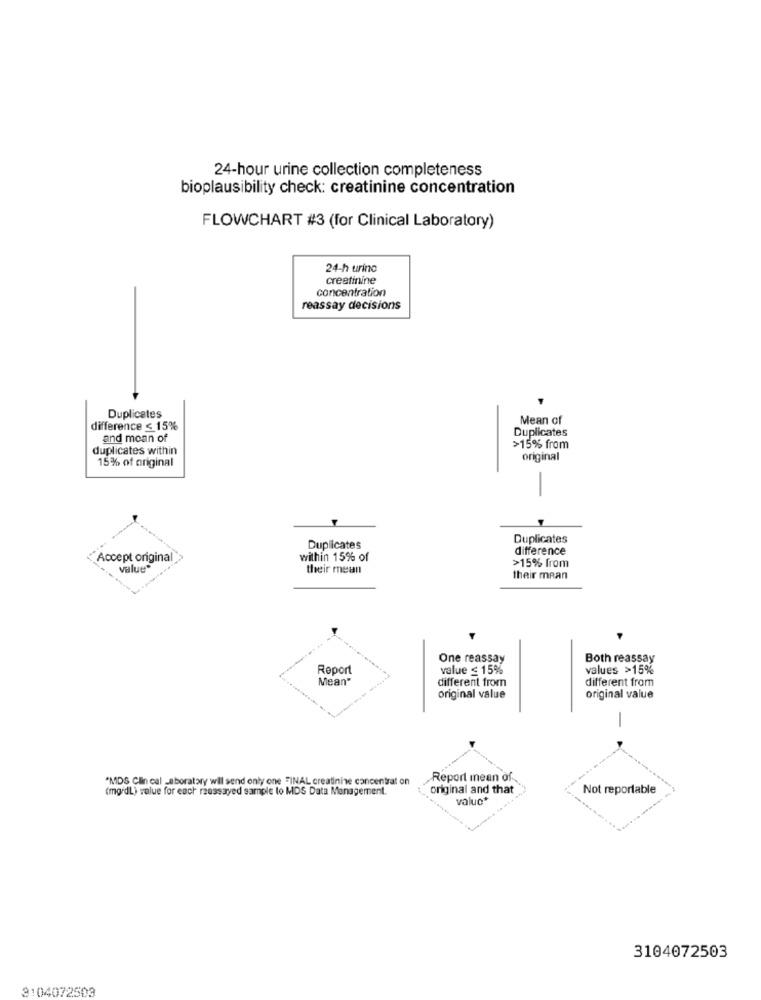
24-hour urine collection completeness
bioplausibility check: creatinine concentration
FLOWCHART #3 (for Clinical Laboratory)
24-h urino
creatinine
concentration
reassay decisions
Duplicates
Mean of
difference < 15%
Duplicates
and moan of
duplicates within
>15% from
15% of original
original
-
Duplicates
Duplicates
difference
Accept original
within 15% of
value®
their mean
>15% from
their mean
One reassay
Both reassay
Report
value ≤ 15%
values >15%
Mean"
different from
different from
original value
original value
-
"MDS Clin cal -aboratory wil send only one FINAL creatinine concentrat on
Report mean of
(mg/dl) value for each raussayed sample to MDS Data Management.
original and that
Not reportable
valuc*
3104072503
3104072503